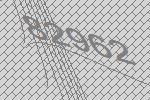
82962